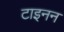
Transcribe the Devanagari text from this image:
टाइनन